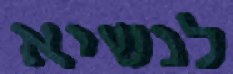
לנשיא